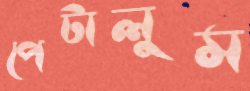
পেটালুম